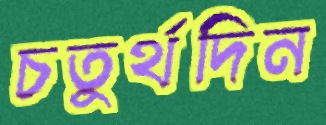
চতুর্থদিন